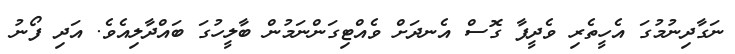
ނަގާދިނުމުގަ އެހީތެރި ވެދީފާ ގޮސް އެނދަށް ވެއްޓިގަންނަމުން ބާލީހުގަ ބައްދާލިއެވެ. އަދި ފޯނު